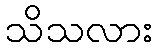
သိသလား